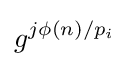
g^{j\phi (n)/p_{i}}